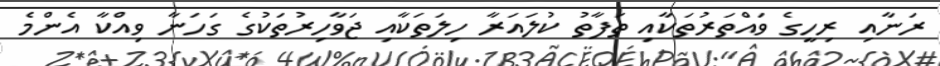
ރަނާއި ރިހީގެ ވައްތަރުތަކާއި ތަފާތު ކުލައަރާ ހިލަތަކާއި ޖަވާހިރުތަކުގެ ގަހަނާ ވިއްކާ އެންމެ